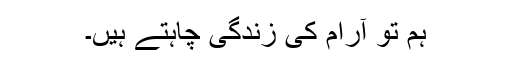
ہم تو آرام کی زندگی چاہتے ہیں۔